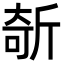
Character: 𣂦